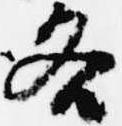
各